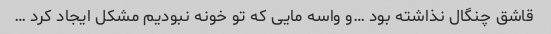
قاشق چنگال نذاشته بود …و واسه مایی که تو خونه نبودیم مشکل ایجاد کرد …